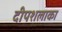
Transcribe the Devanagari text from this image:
दीपशलाका